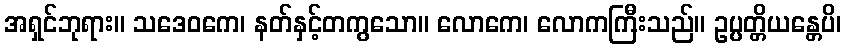
အရှင်ဘုရား။ သဒေဝကေ၊ နတ်နှင့်တကွသော။ လောကေ၊ လောကကြီးသည်။ ဥပ္ပတ္တိယန္တေပိ၊